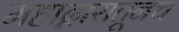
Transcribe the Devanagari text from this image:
महाद्वारातूनच